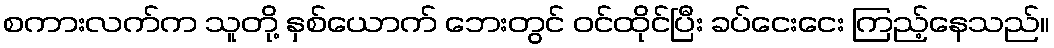
စကားလက်က သူတို့ နှစ်ယောက် ဘေးတွင် ဝင်ထိုင်ပြီး ခပ်ငေးငေး ကြည့်နေသည်။